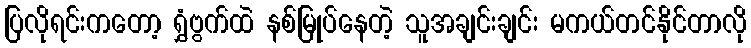
ပြလိုရင်းကတော့ ရွှံဗွက်ထဲ နစ်မြုပ်နေတဲ့ သူအချင်းချင်း မကယ်တင်နိုင်တာလို